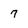
Character: 7